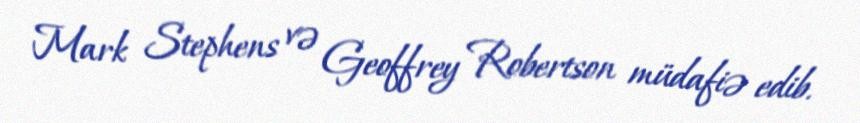
Mark Stephens və Geoffrey Robertson müdafiə edib.